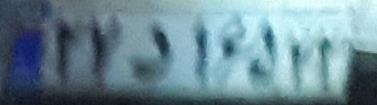
۲۷د۱۶۵۲۲